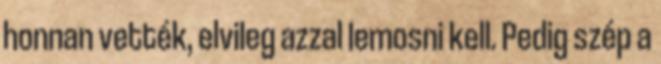
honnan vették, elvileg azzal lemosni kell. Pedig szép a